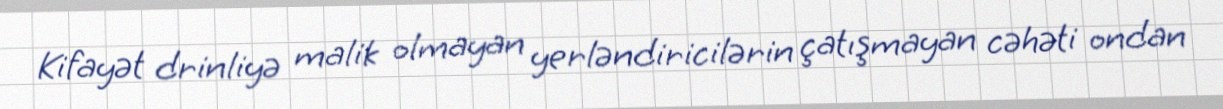
Kifayət drinliyə malik olmayan yerləndiricilərin çatışmayan cəhəti ondan